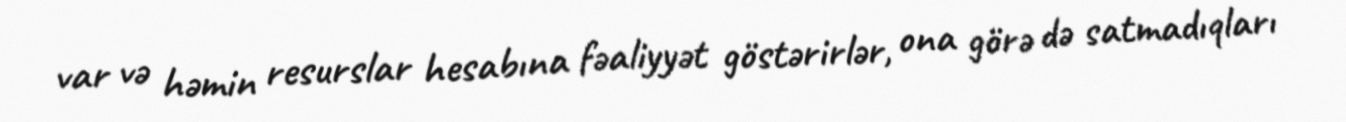
var və həmin resurslar hesabına fəaliyyət göstərirlər, ona görə də satmadıqları